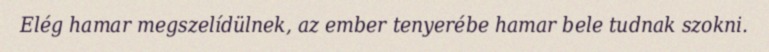
Elég hamar megszelídülnek, az ember tenyerébe hamar bele tudnak szokni.